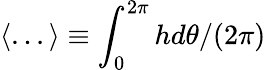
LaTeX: \langle...\rangle\equiv\int_{0}^{2\pi}h{d\theta}/{(2\pi)}